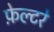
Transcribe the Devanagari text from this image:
फ़ेल्टरे